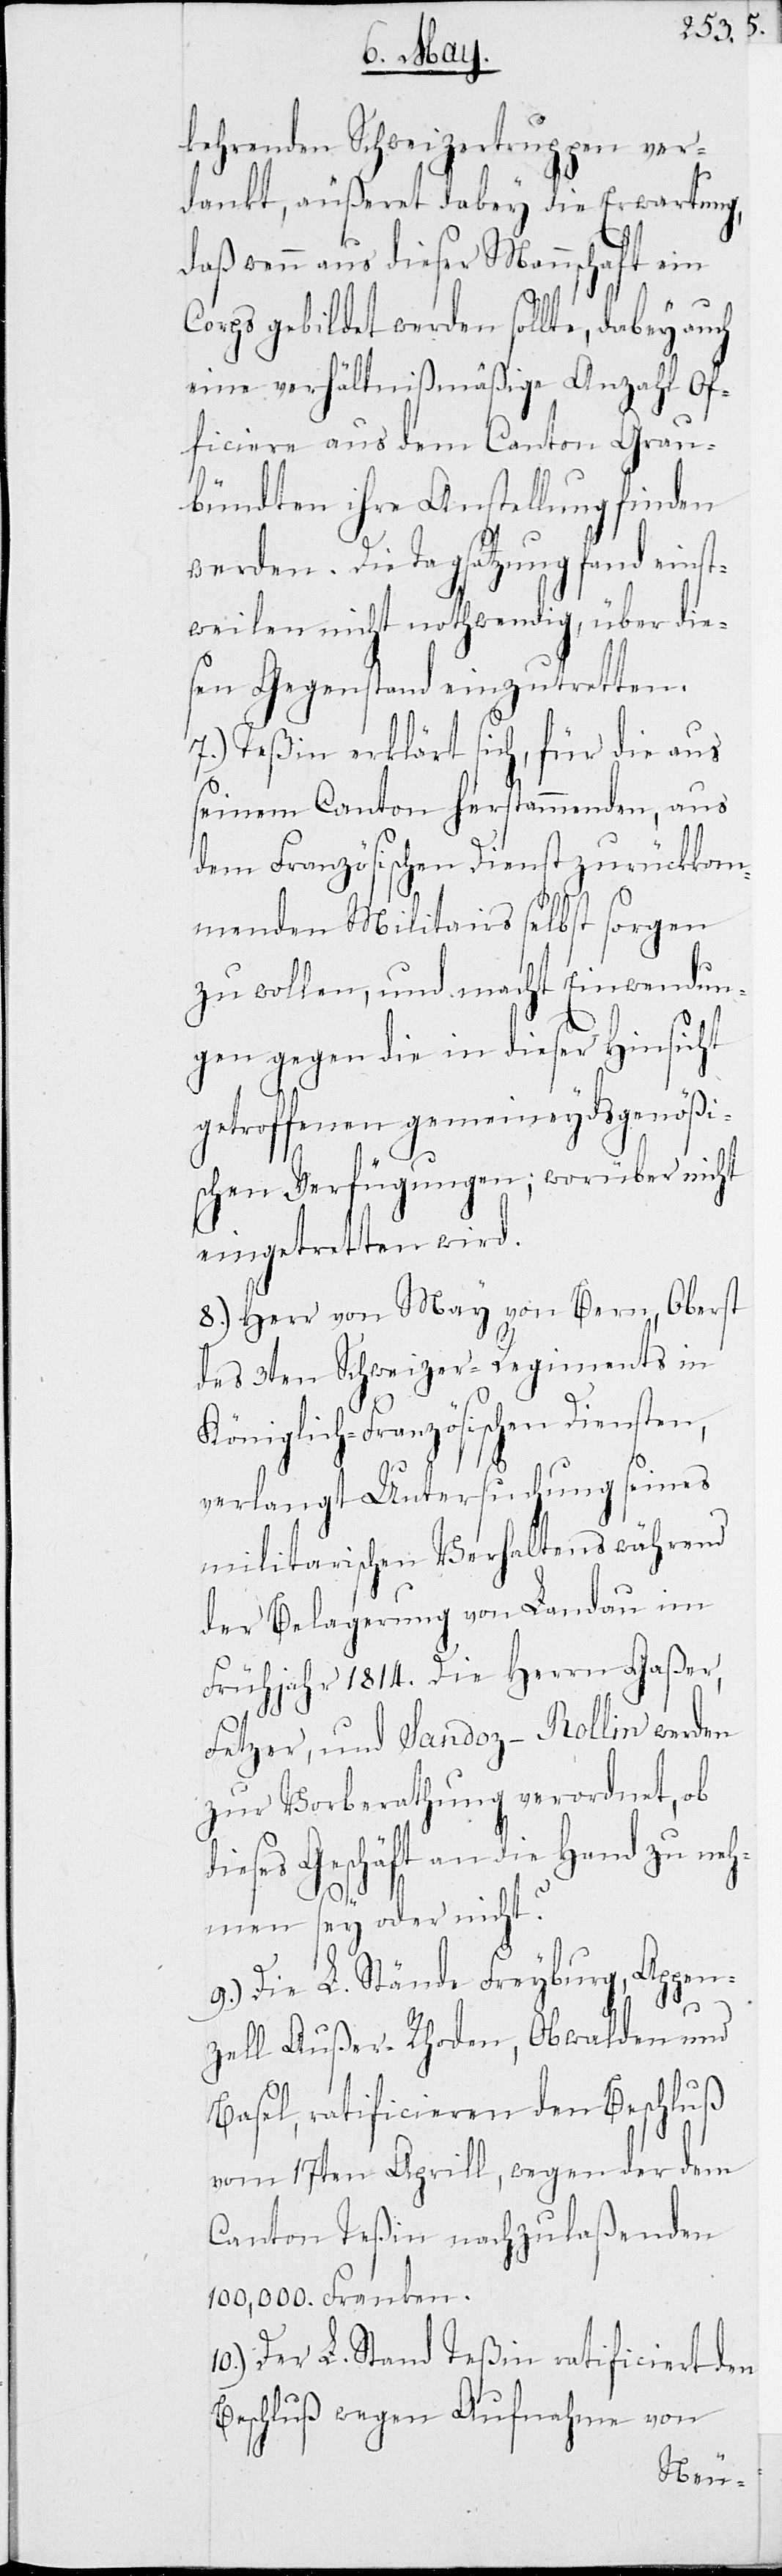
kehrenden Schweizertruppen ver¬
dankt, äußeret dabey die Erwartung,
daß wenn aus dieser Mannschaft ein
men
d¬
Corps gebildet werden solle, dabey auch
eine verhältnißmäßige Anzahl Of¬
ficiere aus dem Canton Grau¬
bündten ihre Anstellung finden
werden. Die Tagsatzung fand einst¬
weilen nicht nothwendig, über die¬
sen Gegenstand einzutretten.
7.) Teßin erklärt sich, für die aus
seinem Canton herstammenden, aus
dem Französischen Dienst zurückkom¬
menden Militairs selber sorgen
zu wollen, und macht Einwendun¬
gen gegen die in dieser Hinsicht
getroffenen gemeindeydsgenößi¬
schen Verfügungen; worüber nicht
eingetretten wird.
8.) Herr von May von Bern, Oberst
des 3ten Schweizer-Regiments in
Königlich-Französischen Diensten,
verlangt Untersuchung seines
militarischen Verhaltens während
der Belagerung von Landau im
Frühjahr 1814. Die Herrn Gaßer,
Fetzer, und Sandoz-Rollin werden
zur Vorberathung verordnet, ob
ieses Geschäft an die Hand zu neh¬
9.) Die L. Stände Freyburg, Appen¬
zell Außer-Rhoden, Obwalden und
Basel, ratificieren den Beschluß
vom 17ten Aprill, wegen der dem
Canton Teßin nachzulaßenden
100,000. Franken.
Der L. Stand Teßin ratificiert den
Beschluß wegen Aufnahme von